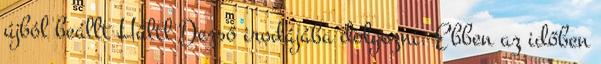
újból beállt Hültl Dezső irodájába dolgozni. Ebben az időben